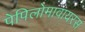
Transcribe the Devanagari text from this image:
पेपिलोमावायरस